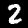
Label: 2